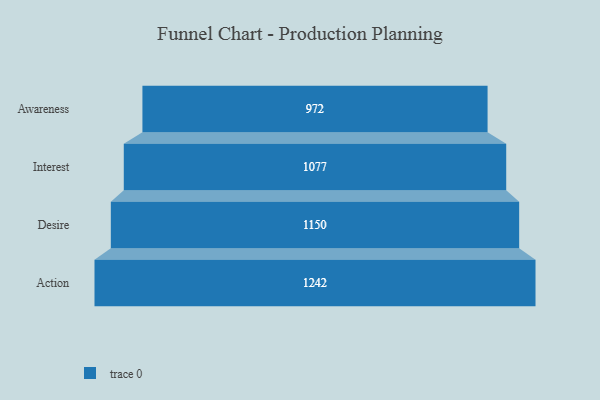
{"axis": {"x": "Stage", "y": "Value"}, "legend": [""], "data": [{"x": "Awareness", "y": 972.0, "type": ""}, {"x": "Interest", "y": 1077.0, "type": ""}, {"x": "Desire", "y": 1150.0, "type": ""}, {"x": "Action", "y": 1242.0, "type": ""}]}